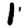
Digit: 1